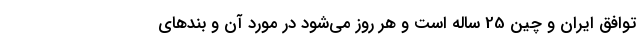
توافق ایران و چین 25 ساله است و هر روز می‌شود در مورد آن و بندهای